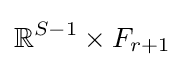
\mathbb {R} ^{S-1}\times F_{r+1}